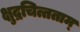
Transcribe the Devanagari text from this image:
क्षुद्रचित्तताम्